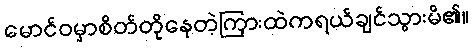
မောင်ဝမှာစိတ်တိုနေတဲ့ကြားထဲကရယ်ချင်သွားမိ၏။